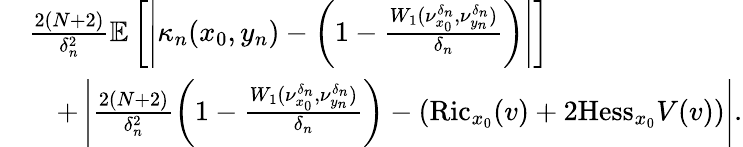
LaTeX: \begin{array}{rl}&{\frac{2(N+2)}{\delta_{n}^{2}}\mathbb E\left[\left|\kappa_{n}(x_{0},y_{n})-\left(1-\frac{W_{1}(\nu_{x_{0}}^{\delta_{n}},\nu_{y_{n}}^{\delta_{n}})}{\delta_{n}}\right)\right|\right]}\\ &{\quad+\left|\frac{2(N+2)}{\delta_{n}^{2}}\left(1-\frac{W_{1}(\nu_{x_{0}}^{\delta_{n}},\nu_{y_{n}}^{\delta_{n}})}{\delta_{n}}\right)-(\textrm{Ric}_{x_{0}}(v)+2\textrm{Hess}_{x_{0}}V(v))\right|.}\end{array}